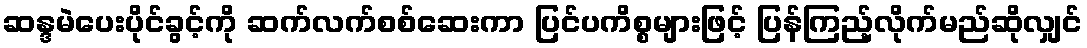
ဆန္ဒမဲပေးပိုင်ခွင့်ကို ဆက်လက်စစ်ဆေးကာ ပြင်ပကိစ္စများဖြင့် ပြန်ကြည့်လိုက်မည်ဆိုလျှင်